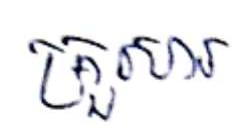
គ្រួសារ